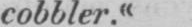
cobbler.«